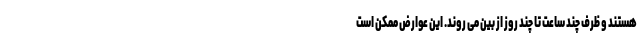
هستند و ظرف چند ساعت تا چند روز از بین می روند. این عوارض ممکن است